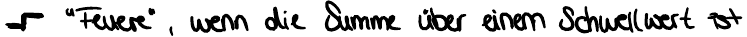
- "Feuere", wenn die Summe über einem Schwellwert ist